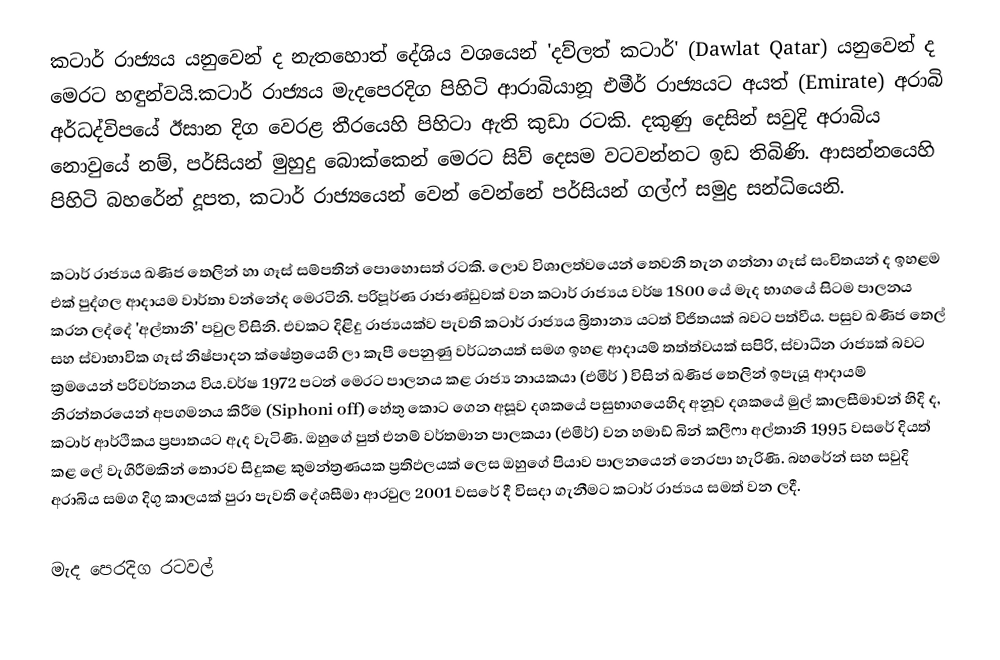
කටාර් රාජ්‍යය යනුවෙන් ද නැතහොත් දේශිය වශයෙන් 'දව්ලත් කටාර්' (Dawlat Qatar) යනුවෙන් ද මෙරට හඳුන්වයි.කටාර් රාජ්‍යය මැදපෙරදිග පිහිටි ආරාබියානූ එමීර් රාජ්‍යයට අයත් (Emirate) අරාබි අර්ධද්විපයේ ඊසාන දිග වෙරළ තීරයෙහි පිහිටා ඇති කුඩා රටකි. දකුණු දෙසින් සවුදි අරාබිය නොවුයේ නම්, පර්සියන් මුහුදු බොක්කෙන් මෙරට සිව් දෙසම වටවන්නට ඉඩ තිබිණි. ආසන්නයෙහි පිහිටි බහරේන් දූපත, කටාර් රාජ්‍යයෙන් වෙන් වෙන්නේ පර්සියන් ගල්ෆ් සමුද්‍ර සන්ධියෙනි.

කටාර් රාජ්‍යය ඛණිජ තෙලින් හා ගෑස් සම්පතින් පොහොසත් රටකි. ලොව විශාලත්වයෙන් තෙවනි තැන ගන්නා ගෑස් සංචිතයන් ද ඉහළම ‍එක් පුද්ගල ආදායම වාර්තා වන්නේද මෙරටිනි. පරිපූර්ණ රාජාණ්ඩුවක් වන කටාර් රාජ්‍යය වර්ෂ 1800 යේ මැද භාගයේ සිටම පාලනය කරන ලද්දේ 'අල්තානි' පවුල විසිනි. එවකට දිළිදු රාජ්‍යයක්ව පැවති කටාර් රාජ්‍යය බ්‍රිතාන්‍ය යටත් විජිතයක් බවට පත්වීය. පසුව ඛණිජ තෙල් සහ ස්වාභාවික ගෑස් නිෂ්පාදන ක්ෂේත්‍රයෙහි ලා කැපී පෙනුණු වර්ධනයත් සමග ඉහළ ආදායම් තත්ත්වයක් සපිරි, ස්වාධීන රාජ්‍යක් බවට ක්‍රමයෙන් පරිවර්තනය විය.වර්ෂ 1972 පටන් මෙරට පාලනය කළ රාජ්‍ය නායකයා (එමීර් ) විසින් ඛණිජ තෙලින් ඉපැයූ ආදායම් නිරන්තරයෙන් අපගමනය කිරීම (Siphoni off) හේතු කොට ගෙන  අසූව දශකයේ පසුභාගයෙහිද අනූව දශකයේ මුල් කාලසීමාවන් හිදි ද, කටාර් ආර්ථිකය ප්‍රපාතයට ඇද වැටිණි. ඔහුගේ පුත් එනම් වර්තමාන පාලකයා (එමීර්) වන හමාඩ් බින් කලීෆා අල්තානි 1995 වසරේ දියත් කළ ලේ වැගිරීමකින් තොරව සිදුකළ කුමන්ත්‍රණයක ප්‍රතිඵලයක් ලෙස ඔහුගේ පියාව පාලනයෙන් නෙරපා හැරිණි. බහරේන් සහ සවුදි අරාබිය සමග දිගු කාලයක් පුරා පැවති ‍දේශසීමා ආරවුල 2001 වසරේ දී විසදා ගැනීමට කටාර් රාජ්‍යය සමත් වන ලදී.

මැද පෙරදිග රටවල්